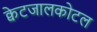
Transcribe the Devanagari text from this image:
क्वेटजालकोटल